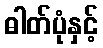
ဓါတ်ပုံနှင့်